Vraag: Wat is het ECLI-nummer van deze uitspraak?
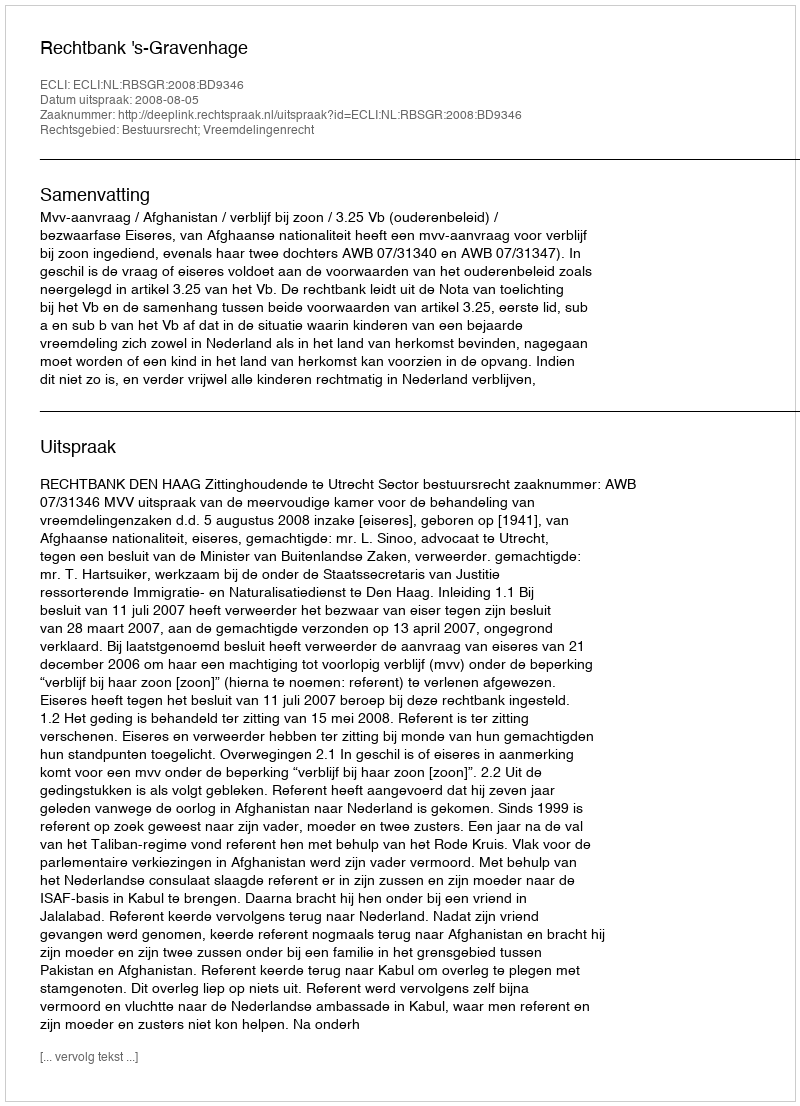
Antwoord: ECLI:NL:RBSGR:2008:BD9346